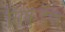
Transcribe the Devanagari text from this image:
सिकुड़ेगा